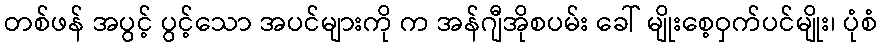
တစ်ဖန် အပွင့် ပွင့်သော အပင်များကို က အန်ဂျီအိုစပမ်း ခေါ် မျိုးစေ့ဝှက်ပင်မျိုး၊ ပုံစံ